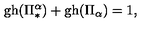
\mathrm { g h } ( \Pi _ { * } ^ { \alpha } ) + \mathrm { g h } ( \Pi _ { \alpha } ) = 1 ,